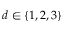
d \in \{ 1 , 2 , 3 \}